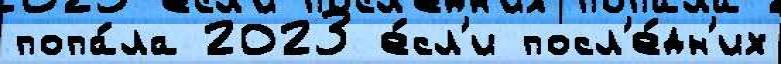
попа́ла 2023 е́сл'и посл'е́дн'их